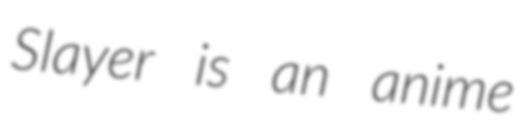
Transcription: Slayer is an anime